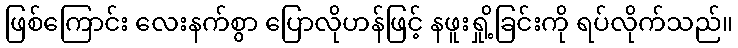
ဖြစ်ကြောင်း လေးနက်စွာ ပြောလိုဟန်ဖြင့် နဖူးရှို့ခြင်းကို ရပ်လိုက်သည်။